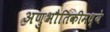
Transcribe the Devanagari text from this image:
अणुभौतिकीमध्ये